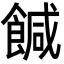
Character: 𩝈